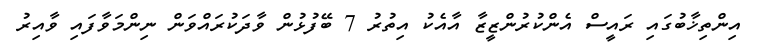
އިންތިޚާބުގައި ރައީސް އެންކުރުންޒީޒާ އާއެކު އިތުރު 7 ބޭފުޅުން ވާދަކުރައްވަން ނިންމަވާފައި ވާއިރު